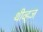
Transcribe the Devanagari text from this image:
थीव्ह्‌ज